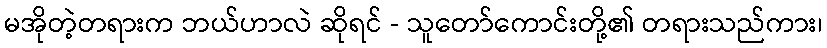
မအိုတဲ့တရားက ဘယ်ဟာလဲ ဆိုရင် - သူတော်ကောင်းတို့၏ တရားသည်ကား၊